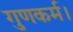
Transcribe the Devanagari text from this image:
गुणकर्म।